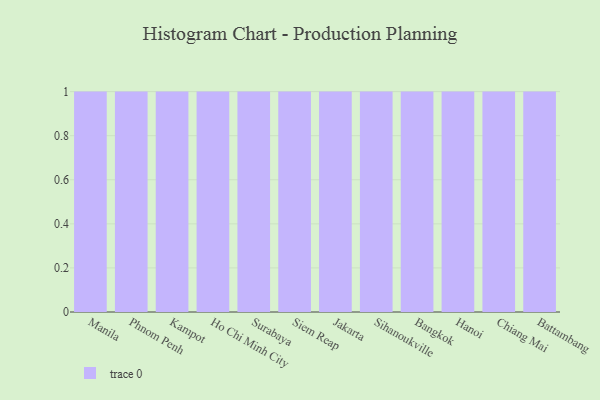
{"axis": {"x": "City", "y": "Production Output"}, "legend": [""], "data": [{"x": "Manila", "y": 48, "type": ""}, {"x": "Phnom Penh", "y": 48, "type": ""}, {"x": "Kampot", "y": 64, "type": ""}, {"x": "Ho Chi Minh City", "y": 11, "type": ""}, {"x": "Surabaya", "y": 33, "type": ""}, {"x": "Siem Reap", "y": 22, "type": ""}, {"x": "Jakarta", "y": 71, "type": ""}, {"x": "Sihanoukville", "y": 39, "type": ""}, {"x": "Bangkok", "y": 8, "type": ""}, {"x": "Hanoi", "y": 5, "type": ""}, {"x": "Chiang Mai", "y": 7, "type": ""}, {"x": "Battambang", "y": 5, "type": ""}]}